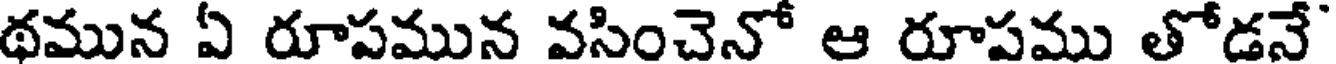
థమున ఏ రూపమున వసించెనో ఆ రూపము తోడనే